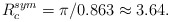
\begin{align*}R_c^{sym}=\pi/0.863 \approx 3.64.\end{align*}